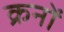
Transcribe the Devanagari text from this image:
क्रनों